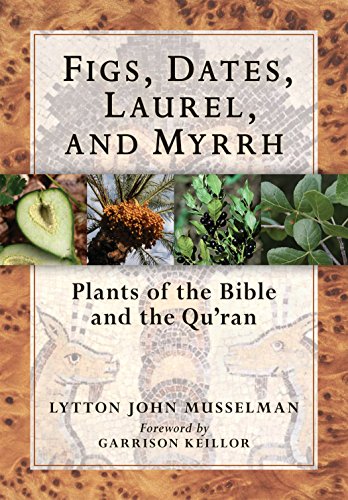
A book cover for Figs, Dates, Laurel, and Myrrh: Plants of the Bible and the Quran; Lytton John Musselman; Crafts, Hobbies & Home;